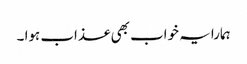
ہمارا یہ خواب بھی عذاب ہوا ۔